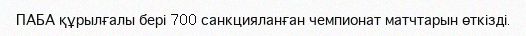
ПАБА құрылғалы бері 700 санкцияланған чемпионат матчтарын өткізді.